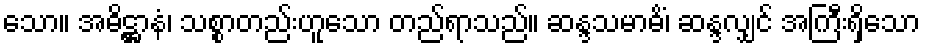
သော။ အဓိဋ္ဌာနံ၊ သစ္စာတည်းဟူသော တည်ရာသည်။ ဆန္ဒသမာဓိံ၊ ဆန္ဒလျှင် အကြီးရှိသော